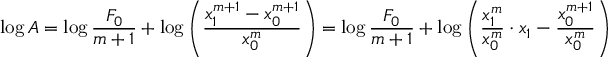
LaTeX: \log A = \log { \frac { F _ { 0 } } { m + 1 } } + \log \left( { \frac { x _ { 1 } ^ { m + 1 } - x _ { 0 } ^ { m + 1 } } { x _ { 0 } ^ { m } } } \right) = \log { \frac { F _ { 0 } } { m + 1 } } + \log \left( { \frac { x _ { 1 } ^ { m } } { x _ { 0 } ^ { m } } } \cdot x _ { 1 } - { \frac { x _ { 0 } ^ { m + 1 } } { x _ { 0 } ^ { m } } } \right)